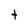
Character: t